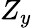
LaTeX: Z_{y}